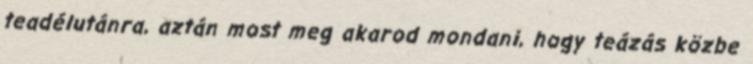
teadélutánra, aztán most meg akarod mondani, hogy teázás közbe